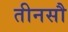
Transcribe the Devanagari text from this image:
तीनसौ